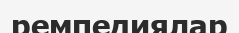
ремпедиялар